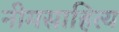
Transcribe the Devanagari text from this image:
नीमसाहित्य